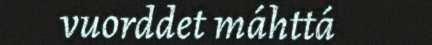
vuorddet máhttá